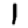
Digit: 1